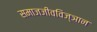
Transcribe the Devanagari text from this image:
समाजजीवविज्ञान